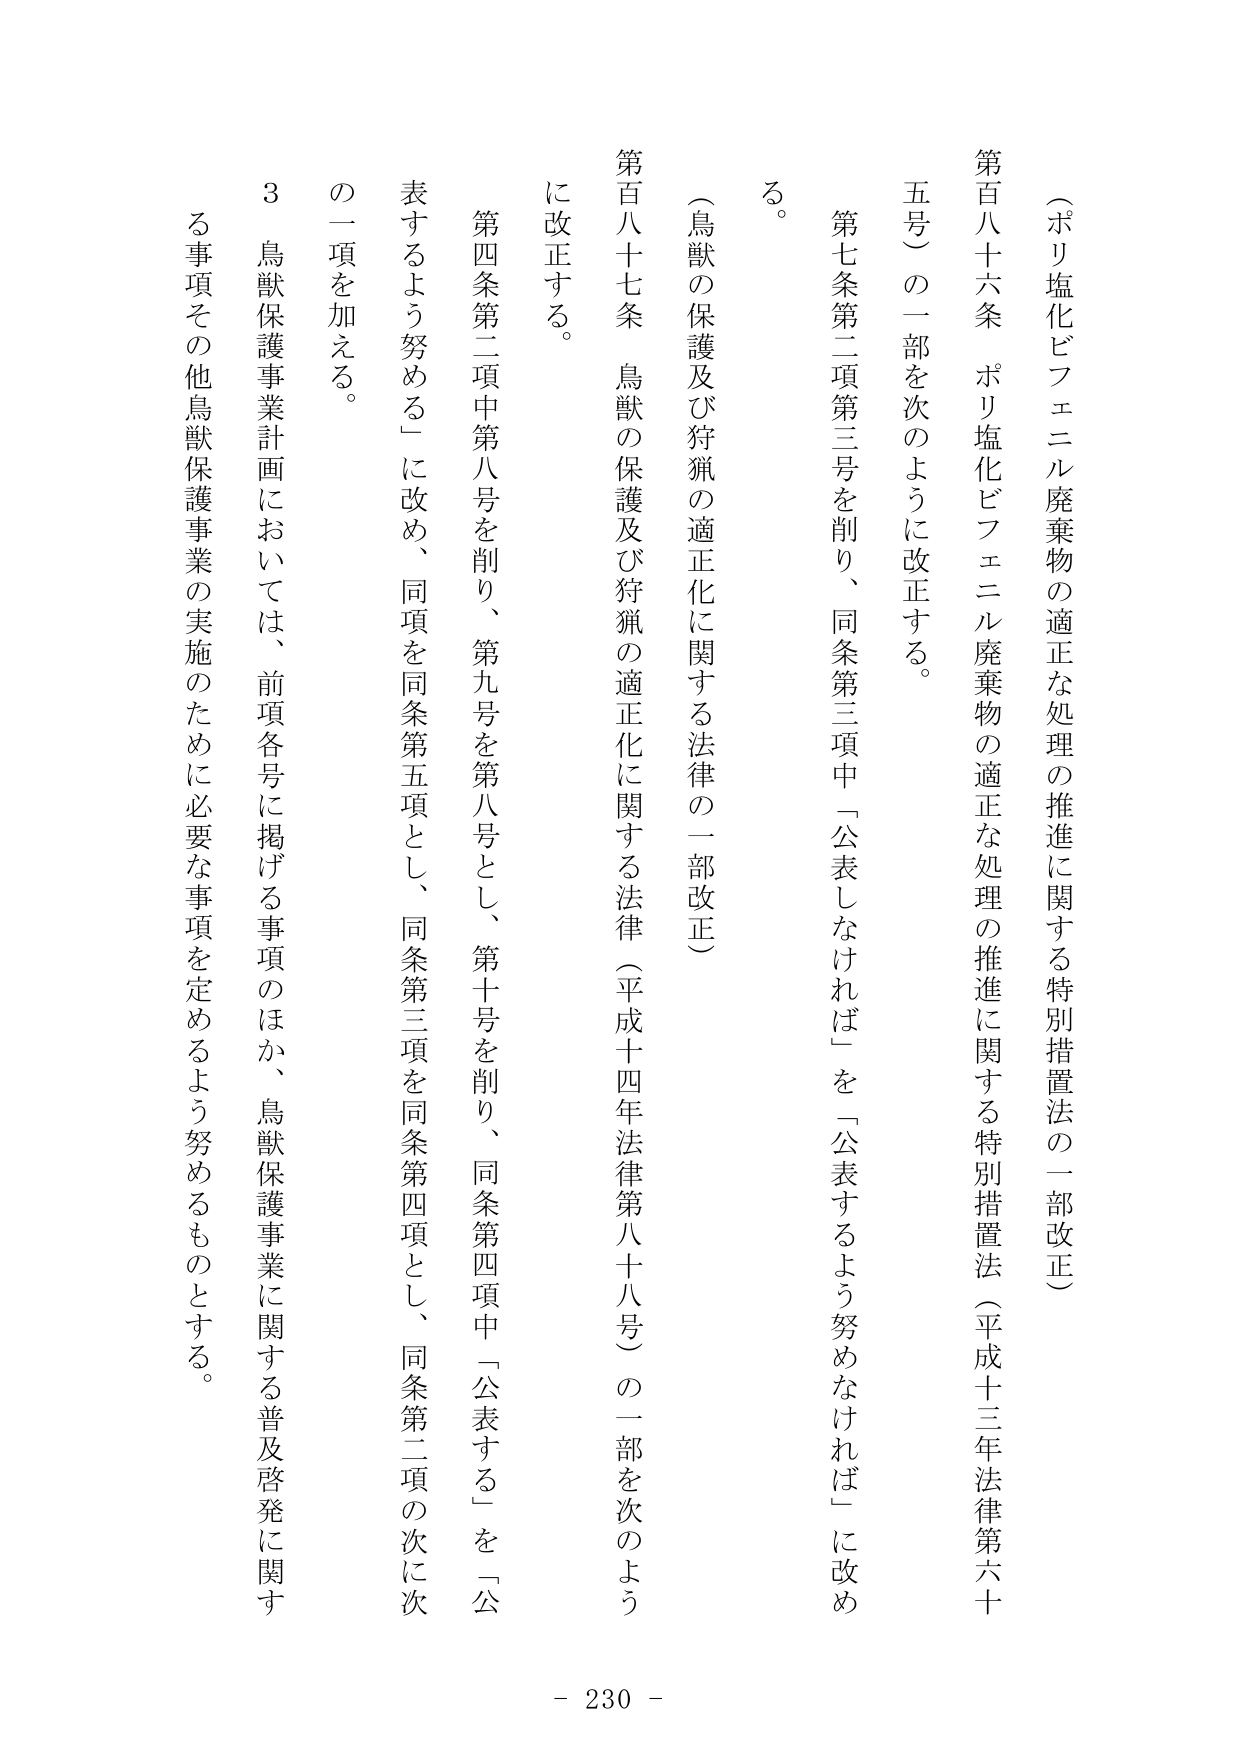
（ポリ塩化ビフェニル廃棄物の適正な処理の推進に関する特別措置法の一部改正）

第百八十六条　ポリ塩化ビフェニル廃棄物の適正な処理の推進に関する特別措置法（平成十三年法律第六十五号）の一部を次のように改正する。

第七条第二項第三号を削り、同条第三項中「公表しなければ」を「公表するよう努めなければ」に改める。

（鳥獣の保護及び狩猟の適正化に関する法律の一部改正）

第百八十七条　鳥獣の保護及び狩猟の適正化に関する法律（平成十四年法律第八十八号）の一部を次のように改正する。

第四条第二項中第八号を削り、第九号を第八号とし、第十号を削り、同条第四項中「公表する」を「公表するよう努める」に改め、同項を同条第五項とし、同条第三項を同条第四項とし、同条第二項の次に次の一項を加える。

３　鳥獣保護事業計画においては、前項各号に掲げる事項のほか、鳥獣保護事業に関する普及啓発に関する事項その他鳥獣保護事業の実施のために必要な事項を定めるよう努めるものとする。

- 230 -